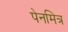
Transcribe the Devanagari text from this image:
पेनमित्र